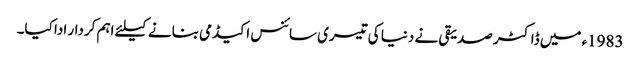
1983ء میں ڈاکٹر صدیقی نے دنیا کی تیسری سائنس اکیڈمی بنانے کیلئے اہم کردار ادا کیا۔